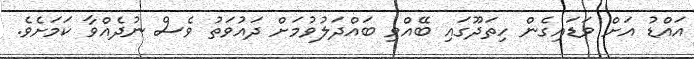
އައްޑު އަށް ވަޑައިގެން ހިތަދޫގައި ބޭއްވި ބައްދަލުވުމަށް ދައުވަތު ވެސް ނުދެއްވާ ކަމަށެވެ.